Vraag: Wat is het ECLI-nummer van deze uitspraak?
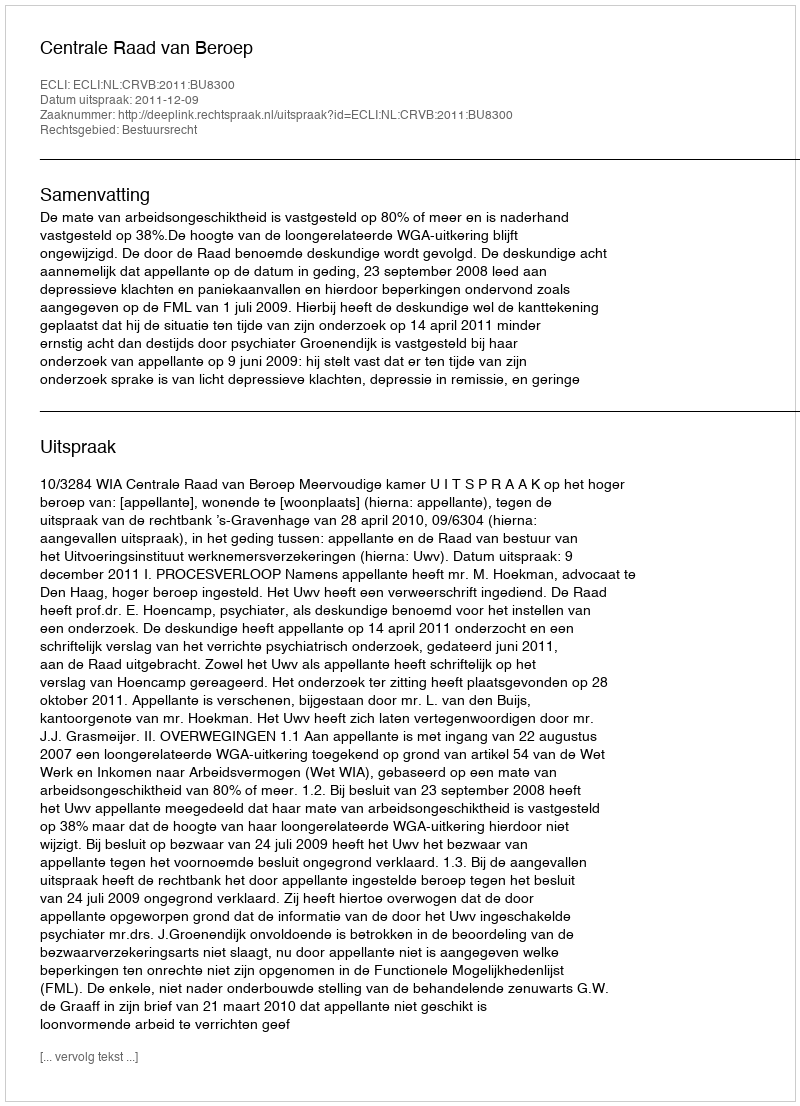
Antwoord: ECLI:NL:CRVB:2011:BU8300